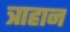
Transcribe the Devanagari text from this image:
त्राहान